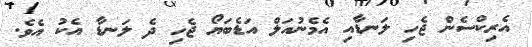
އެރިކްސެން ޖެހި ލަނޑާއި އެމެނުއަލް އަޑެބަޔޯ ޖެހި ދެ ލަނޑާ އެކު އެވެ.